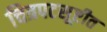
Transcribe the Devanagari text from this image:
चित्रपटसूष्टीत